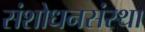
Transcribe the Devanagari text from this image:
संशोधनसंस्था